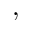
,